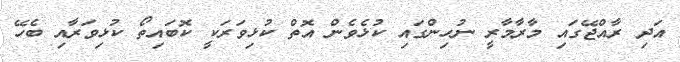
އަދި ރާއްޖޭގައި މާރާމާރީ ނުހިންގައި ކުޅެވެން އޮތް ކުޅިވަރަކީ ކޮބައިތޯ ކުޅިވަރާއި ބެހޭ